Newspaper: Santa Fe daily New Mexican. [volume]
Place of publication: Santa Fe, N.M.
Publisher: C.B. Hayward
Date: 1895-06-01 00:00:00
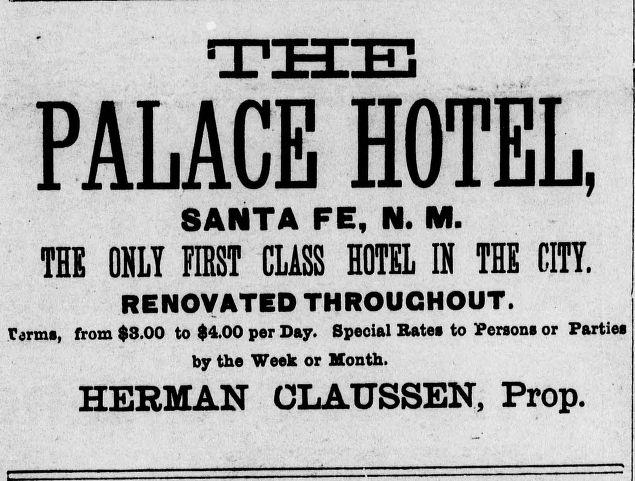
Advertisement text (OCR):
PALACE SANTA FE, N. M. THE ONLY FIRST CLASS HOTEL IN THE CITY. RENOVATED THROUGHOUT. farms, from $3.00 to $4.00 per Day. Special Bates to Persons or Parties by the Week or Month. HERMAN OLAtTSSEN, Prop. HOTEL
Label: text-only